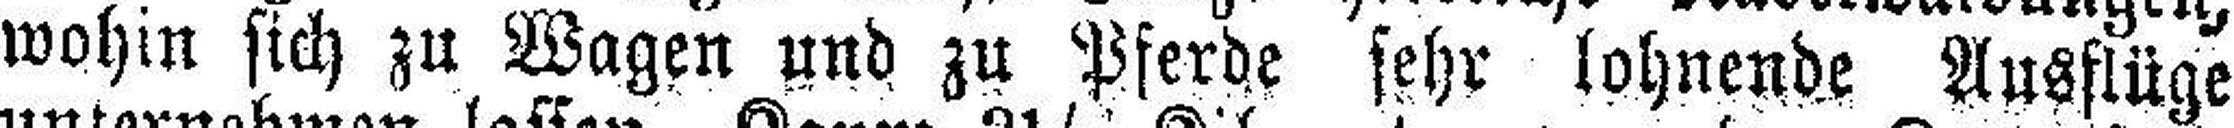
wohin sich zu Wagen und zu Pferde sehr lohnende Ausflüge